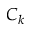
C _ { k }